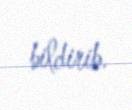
bildirib.